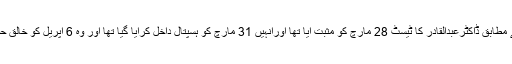
مراد علی شاہ کے مطابق ڈاکٹرعبدالقادر کا ٹیسٹ 28 مارچ کو مثبت آیا تھا اورانہیں 31 مارچ کو ہسپتال داخل کرایا گیا تھا اور وہ 6 اپریل کو خالق حقیقی سے جاملے۔